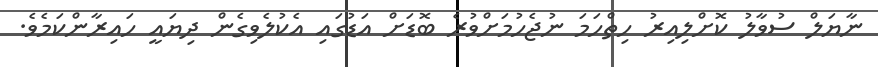
ނާޔަލް ސުވާލު ކޮށްލިއިރު ހިތްހަމަ ނުޖެހުމަށްވުރެ ބޮޑަށް އަޑުގައި އެކުލެވިގެން ދިޔައީ ހައިރާންކަމެވެ.